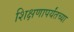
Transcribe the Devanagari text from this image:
शिक्षणापर्यंतच्या